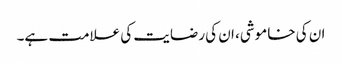
ان کی خاموشی، ان کی رضایت کی علامت ہے۔